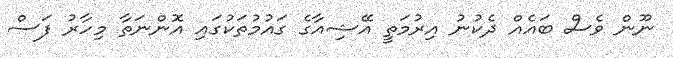
ނޫން ވެސް ބައެއް ދެކުނު އިރުމަތީ އޭޝިއާގެ ގައުމުތަކުގައި އޮންނަތާ މިހާރު ފަސް